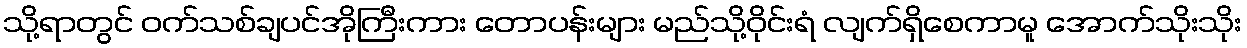
သို့ရာတွင် ဝက်သစ်ချပင်အိုကြီးကား တောပန်းများ မည်သို့ဝိုင်းရံ လျက်ရှိစေကာမူ အောက်သိုးသိုး